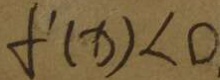
f ^ { \prime } ( x ) < 0